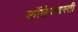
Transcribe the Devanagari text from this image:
कॉलेजवस्ती